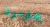
يحترمون